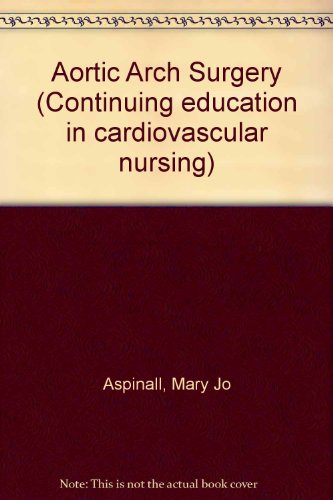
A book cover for Aortic Arch Surgery (Continuing education in cardiovascular nursing); Mary Jo Aspinall; Medical Books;